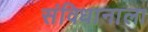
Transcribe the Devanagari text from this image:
संविधानाला